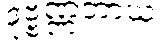
ဒုဗ္ဗဏ္ဏတာယ